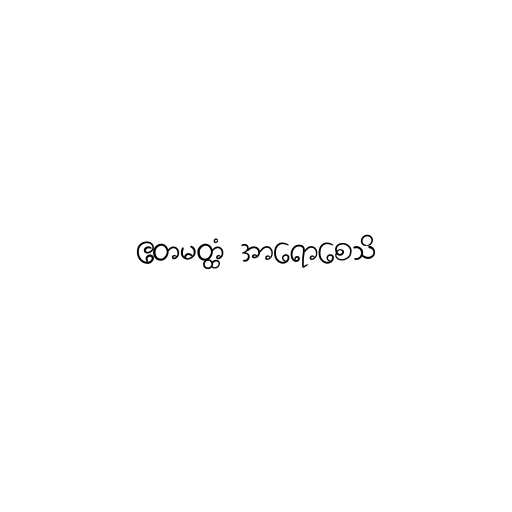
ဧတမတ္ထံ အာရောစေသိ